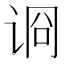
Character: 𰵪